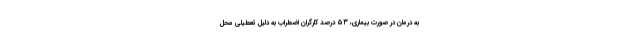
به درمان در صورت بیماری، ۵۳ درصد کارگران اضطراب به دلیل تعطیلی محل